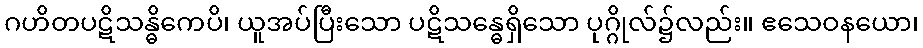
ဂဟိတပဋိသန္ဓိကေပိ၊ ယူအပ်ပြီးသော ပဋိသန္ဓေရှိသော ပုဂ္ဂိုလ်၌လည်း။ ဧသေဝနယော၊